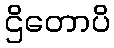
ဌိတောပိ